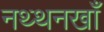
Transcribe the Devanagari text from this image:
नथ्थनखाँ